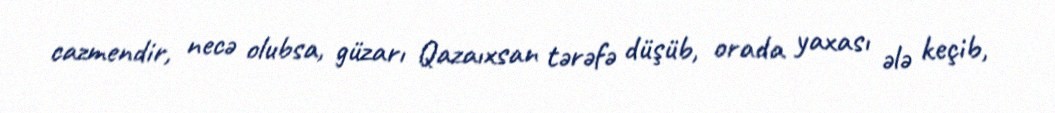
cazmendir, necə olubsa, güzarı Qazaıxsan tərəfə düşüb, orada yaxası ələ keçib,